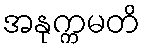
အနုက္ကမတိ